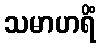
သမာဟရိံ